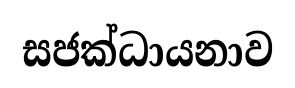
සජක්ධායනාව